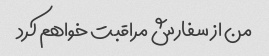
من از سفارش مراقبت خواهم کرد